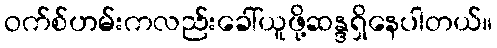
ဝက်စ်ဟမ်းကလည်းခေါ်ယူဖို့ဆန္ဒရှိနေပါတယ်။